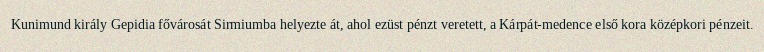
Kunimund király Gepidia fővárosát Sirmiumba helyezte át, ahol ezüst pénzt veretett, a Kárpát-medence első kora középkori pénzeit.